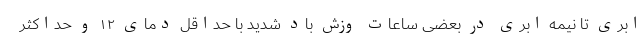
ابری تا نیمه ابری در بعضی ساعات وزش باد شدید با حداقل دمای ۱۲ و حداکثر